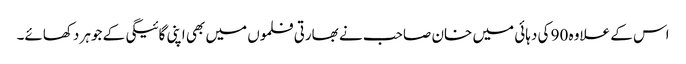
اس کے علاوہ 90 کی دہائی میں خان صاحب نے بھارتی فلموں میں بھی اپنی گائیگی کے جوہر دکھائے۔